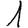
Digit: 1